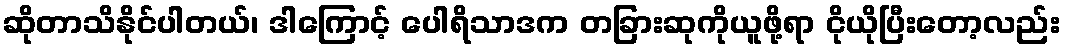
ဆိုတာသိနိုင်ပါတယ်၊ ဒါကြောင့် ပေါရိသာဒက တခြားဆုကိုယူဖို့ရာ ငိုယိုပြီးတော့လည်း